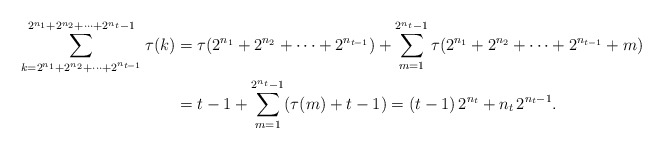
\begin{align*}\sum_{k=2^{n_{1}}+2^{n_{2}}+\cdots+2^{n_{t-1}}}^{2^{n_{1}}+2^{n_{2}}+\cdots+2^{n_{t}}-1} \tau(k) & =\tau(2^{n_{1}}+2^{n_{2}}+\cdots+2^{n_{t-1}})+\sum_{m=1}^{2^{n_{t}}-1}\tau(2^{n_{1}}+2^{n_{2}}+\cdots+2^{n_{t-1}}+m)\\ & =t-1+\sum_{m=1}^{2^{n_{t}}-1}(\tau(m)+t-1)=(t-1)\, 2^{n_{t}}+n_{t}\, 2^{n_{t}-1}.\end{align*}